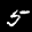
Label: 5